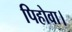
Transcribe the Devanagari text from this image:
पिहोवा।